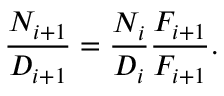
{ \frac { N _ { i + 1 } } { D _ { i + 1 } } } = { \frac { N _ { i } } { D _ { i } } } { \frac { F _ { i + 1 } } { F _ { i + 1 } } } .